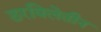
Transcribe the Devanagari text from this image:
ठरविलेतीन